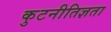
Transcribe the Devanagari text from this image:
कुटनीतिज्ञता